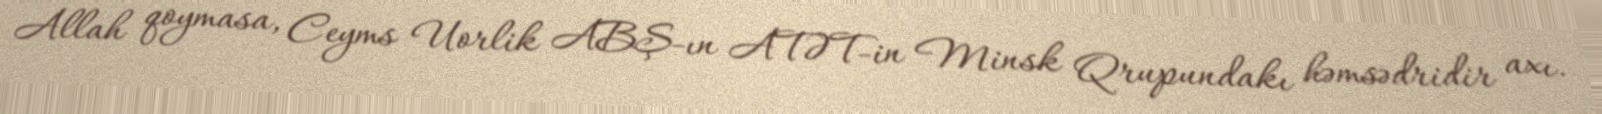
Allah qoymasa, Ceyms Uorlik ABŞ-ın ATƏT-in Minsk Qrupundakı həmsədridir axı.